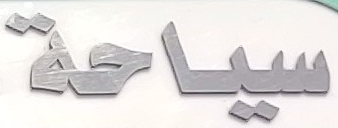
سياحة